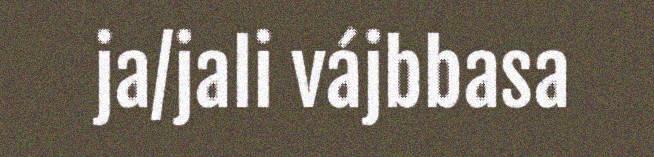
ja/jali vájbbasa